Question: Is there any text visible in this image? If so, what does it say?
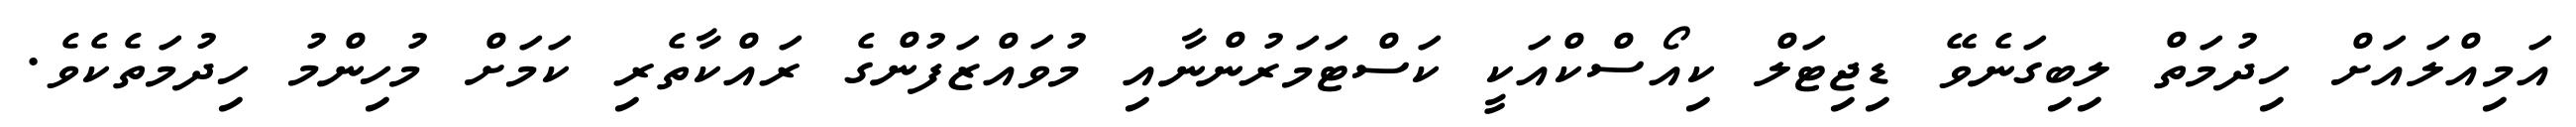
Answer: އަމިއްލައަށް ހިދުމަތް ލިބިގަނެވޭ ޑިޖިޓަލް ކިއޯސްކްއަކީ ކަސްޓަމަރުންނާއި މުވައްޒަފުންގެ ރައްކާތެރި ކަމަށް މުހިންމު ހިދުމަތެކެވެ.